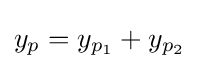
y_{p}=y_{p_{1}}+y_{p_{2}}